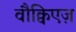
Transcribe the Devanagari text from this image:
वौक्विएज़